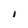
Character: l